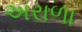
અરાળા